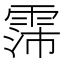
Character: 霈